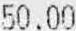
50.00